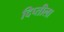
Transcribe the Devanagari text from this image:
दिप्तीला